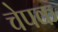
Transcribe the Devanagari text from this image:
चेपक